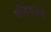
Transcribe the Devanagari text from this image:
गरीबनवाज